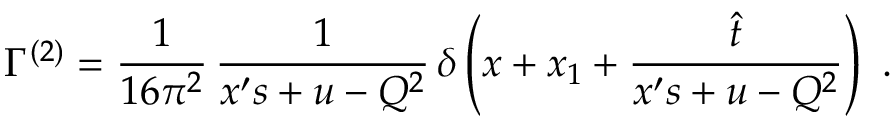
\Gamma ^ { ( 2 ) } = \frac { 1 } { 1 6 \pi ^ { 2 } } \, \frac { 1 } { x ^ { \prime } s + u - Q ^ { 2 } } \, \delta \left( x + x _ { 1 } + \frac { \hat { t } } { x ^ { \prime } s + u - Q ^ { 2 } } \right) \ .